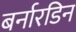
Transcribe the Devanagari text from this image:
बर्नारडिन